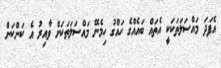
އެފަދަ މައްސަލަތަކަކީ އެތައް ބައެއްގެ ހައްގު ހިމެނޭ މައްސަލަތަކަށް ވާއިރު އެ ކަންކަން